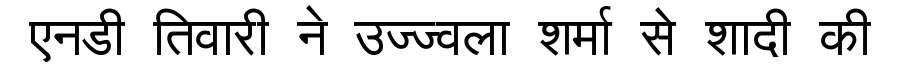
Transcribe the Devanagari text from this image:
एनडी तिवारी ने उज्ज्वला शर्मा से शादी की